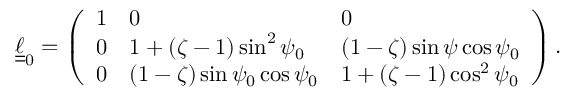
\boldsymbol { \underline { { \underline { { \ell } } } } } _ { 0 } = \left( \begin{array} { l l l } { 1 } & { 0 } & { 0 } \\ { 0 } & { 1 + ( \zeta - 1 ) \sin ^ { 2 } \psi _ { 0 } } & { ( 1 - \zeta ) \sin \psi \cos \psi _ { 0 } } \\ { 0 } & { ( 1 - \zeta ) \sin \psi _ { 0 } \cos \psi _ { 0 } } & { 1 + ( \zeta - 1 ) \cos ^ { 2 } \psi _ { 0 } } \end{array} \right) .